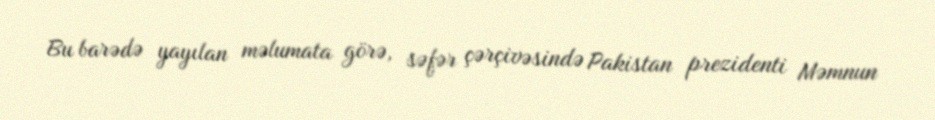
Bu barədə yayılan məlumata görə, səfər çərçivəsində Pakistan prezidenti Məmnun